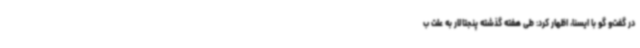
در گفت‌و ‌گو با ایسنا، اظهار کرد: طی هفته گذشته پنجتالار به علت ب